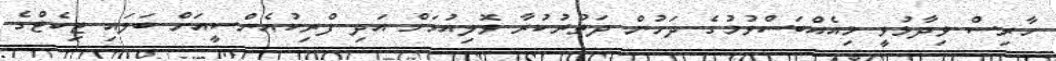
ހާރިސް ވިދާޅުވީ މިއެއްބަސްވުމުގެ ދަށުން ދަތުރުކުރާ ވޮލިއުމަށް އަދި ފްރިކުއެންސީއަށް ބަލައި ޓިކެޓްގެ